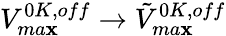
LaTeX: V_{ma\mathbf{x}}^{0K,off}\to\tilde{{V}}_{ma\mathbf{x}}^{0K,off}